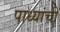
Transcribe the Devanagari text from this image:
पाध्यांची